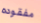
مفقوده